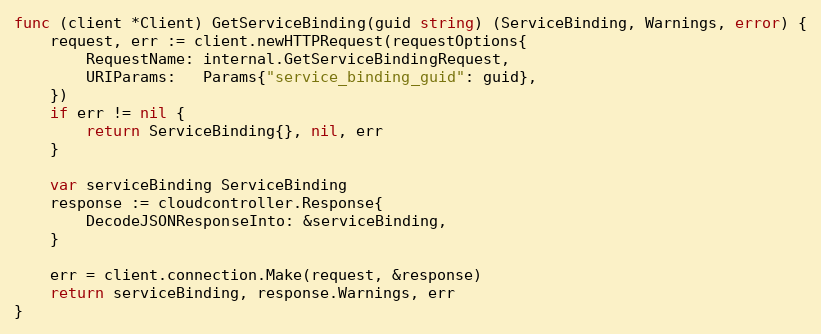
Language: Go
func (client *Client) GetServiceBinding(guid string) (ServiceBinding, Warnings, error) {
	request, err := client.newHTTPRequest(requestOptions{
		RequestName: internal.GetServiceBindingRequest,
		URIParams:   Params{"service_binding_guid": guid},
	})
	if err != nil {
		return ServiceBinding{}, nil, err
	}

	var serviceBinding ServiceBinding
	response := cloudcontroller.Response{
		DecodeJSONResponseInto: &serviceBinding,
	}

	err = client.connection.Make(request, &response)
	return serviceBinding, response.Warnings, err
}